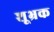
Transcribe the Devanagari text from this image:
शूभ्रक